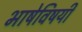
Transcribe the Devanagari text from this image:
भाषेविषयी